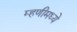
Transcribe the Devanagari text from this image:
म्हणीमध्ये